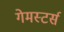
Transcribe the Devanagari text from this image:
गेमस्टर्स